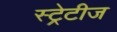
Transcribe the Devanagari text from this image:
स्ट्रेटीज